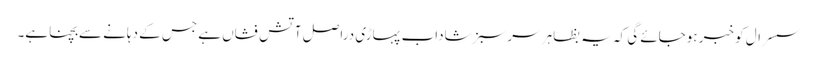
سسرال کو خبر ہوجائے گی کہ یہ بظاہر سرسبز شاداب پہاڑی دراصل آتش فشاں ہے جس کے دہانے سے بچنا ہے۔